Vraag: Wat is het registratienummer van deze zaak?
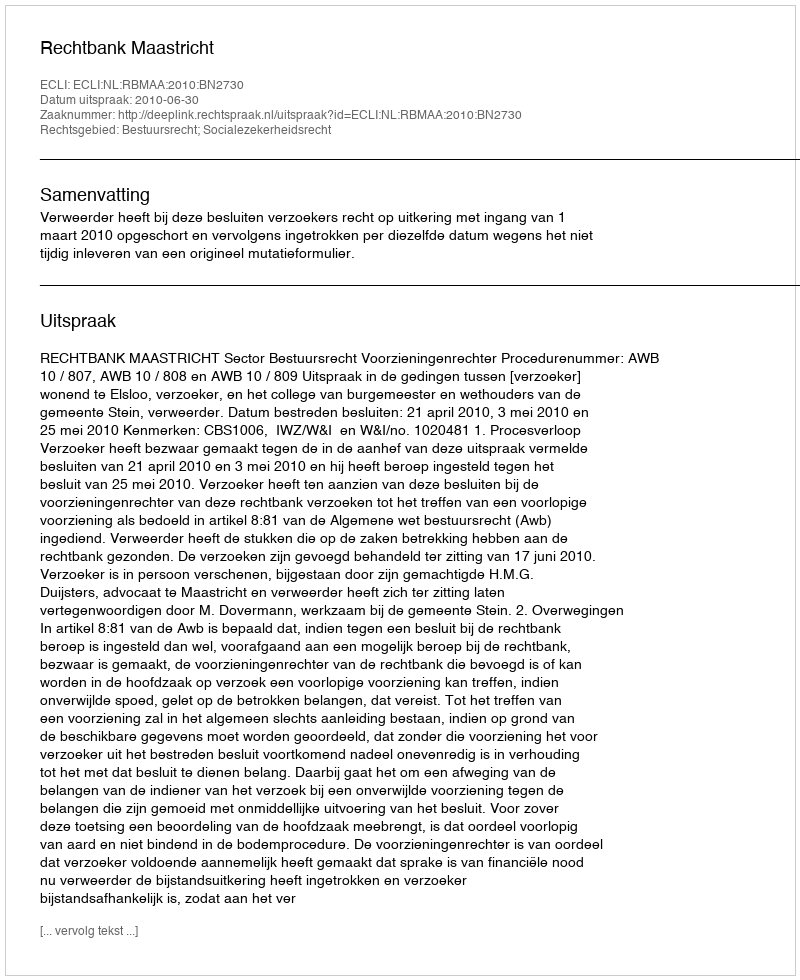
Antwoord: http://deeplink.rechtspraak.nl/uitspraak?id=ECLI:NL:RBMAA:2010:BN2730